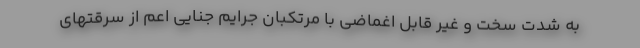
به شدت سخت و غیر قابل اغماضی با مرتکبان جرایم جنایی اعم از سرقتهای